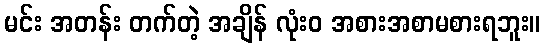
မင်း အတန်း တက်တဲ့ အချိန် လုံးဝ အစားအစာမစားရဘူး။